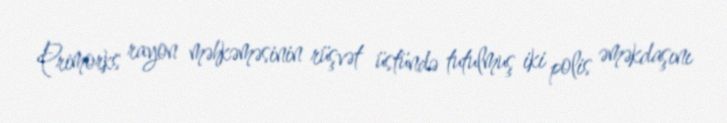
Primorks rayon məhkəməsinin rüşvət üstündə tutulmuş iki polis əməkdaşını